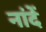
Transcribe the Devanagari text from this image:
नांदें